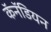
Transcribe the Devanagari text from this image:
कॅनॅडियन